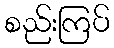
စည်းကြပ်